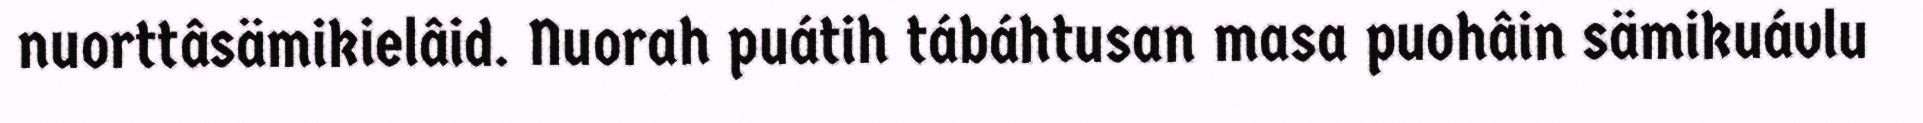
nuorttâsämikielâid. Nuorah puátih tábáhtusan masa puohâin sämikuávlu